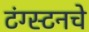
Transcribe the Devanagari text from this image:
टंग्स्टनचे